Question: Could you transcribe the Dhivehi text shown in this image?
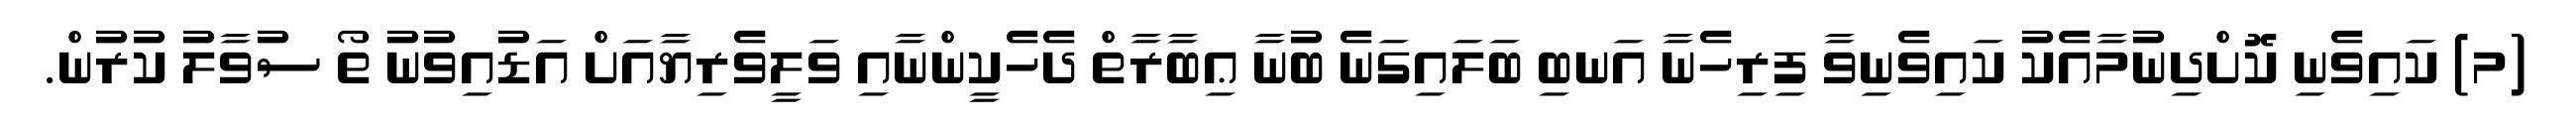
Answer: (މ) ކައިވެނި ކޮށްދިނުމާއެކު ކައިވެނިވާ ފިރިހެނާ އަނބި ބަލައިގަނެ ބުނާ ޢިބާރާތް ދެހެކީންނާއި ވަލީވެރިޔާއަށް އަޑުއިވުނު ތޯ ސުވާލު ކުރުން.